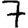
Digit: 7